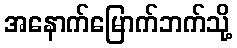
အနောက်မြောက်ဘက်သို့